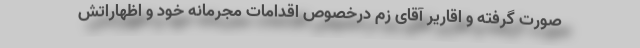
صورت گرفته و اقاریر آقای زم درخصوص اقدامات مجرمانه خود و اظهاراتش